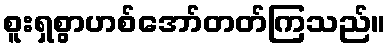
စူးရှစွာဟစ်အော်တတ်ကြသည်။